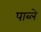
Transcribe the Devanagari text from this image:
पाब्ले